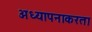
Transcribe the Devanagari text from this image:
अध्यापनाकरता